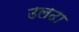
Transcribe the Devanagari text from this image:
उलढा